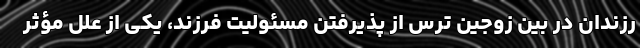
رزندان در بین زوجین ترس از پذیرفتن مسئولیت فرزند، یکی از علل مؤثر